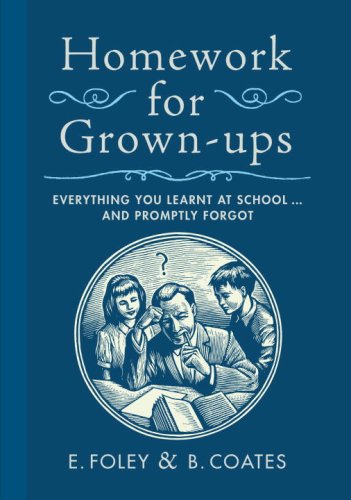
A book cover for Homework for Grown-ups: Everything You Learned at School and Promptly Forgot; E. Foley; Humor & Entertainment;